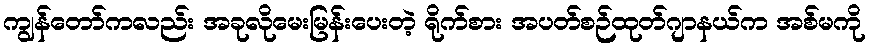
ကျွန်တော်ကလည်း အခုလိုမေးမြန်းပေးတဲ့ ရိုက်စား အပတ်စဉ်ထုတ်ဂျာနယ်က အစ်မကို